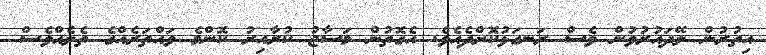
އިތުރުން ލޭދައުރުވުން ވެސް ރަނގަޅުކޮށްދެއެވެ. އެގޮތުން މަސާޖު ކުރާއިރު ކޮންމެ ވައްތަރެއްގެ ތެލެއްވެސް